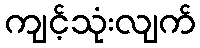
ကျင့်သုံးလျက်